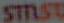
STRUST